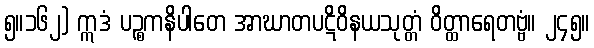
၅။၁၆၂) ဣဒံ ပဉ္စကနိပါတေ အာဃာတပဋိဝိနယသုတ္တံ ဝိတ္ထာရေတဗ္ဗံ။ ၂၄၅။